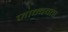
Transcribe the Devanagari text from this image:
जाम्बवता